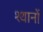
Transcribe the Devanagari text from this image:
श्थानों